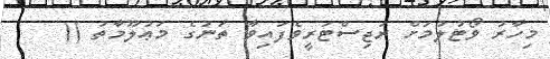
މިހާރު ވޯޓުލުމަށް ރަޖިސްޓަރީވެފައިވާ ތަނުގެ މަޢުލޫމާތު ((